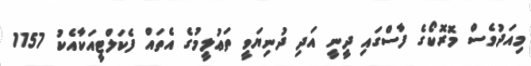
މިއަދުވެސް މޮރޮކޯގެ ފާސްގައި ދީނީ އަދި ދުނިޔަވީ ތަޢުލީމުގެ އެތައް ފެކަލްޓީއަކާއެކު 1157